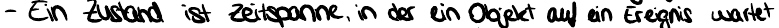
- Ein Zustand ist Zeitspanne, in der ein Objekt auf ein Ereignis wartet